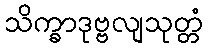
သိက္ခာဒုဗ္ဗလျသုတ္တံ